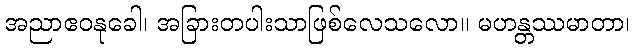
အညာဧဝနုခေါ၊ အခြားတပါးသာဖြစ်လေသလော။ မဟန္တဿမာတာ၊